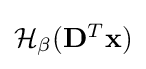
{\textstyle {\mathcal {H}}_{\beta }(\mathbf {D} ^{T}\mathbf {x} )}